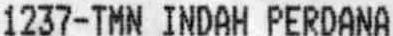
1237-TMN INDAH PERDANA